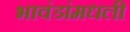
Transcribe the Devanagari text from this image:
भावंडांमधली